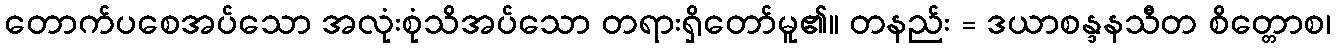
တောက်ပစေအပ်သော အလုံးစုံသိအပ်သော တရားရှိတော်မူ၏။ တနည်း = ဒယာစန္ဒနသီတ စိတ္တောစ၊